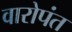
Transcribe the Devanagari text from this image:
वारोपंत